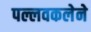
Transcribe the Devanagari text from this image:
पल्लवकलेने